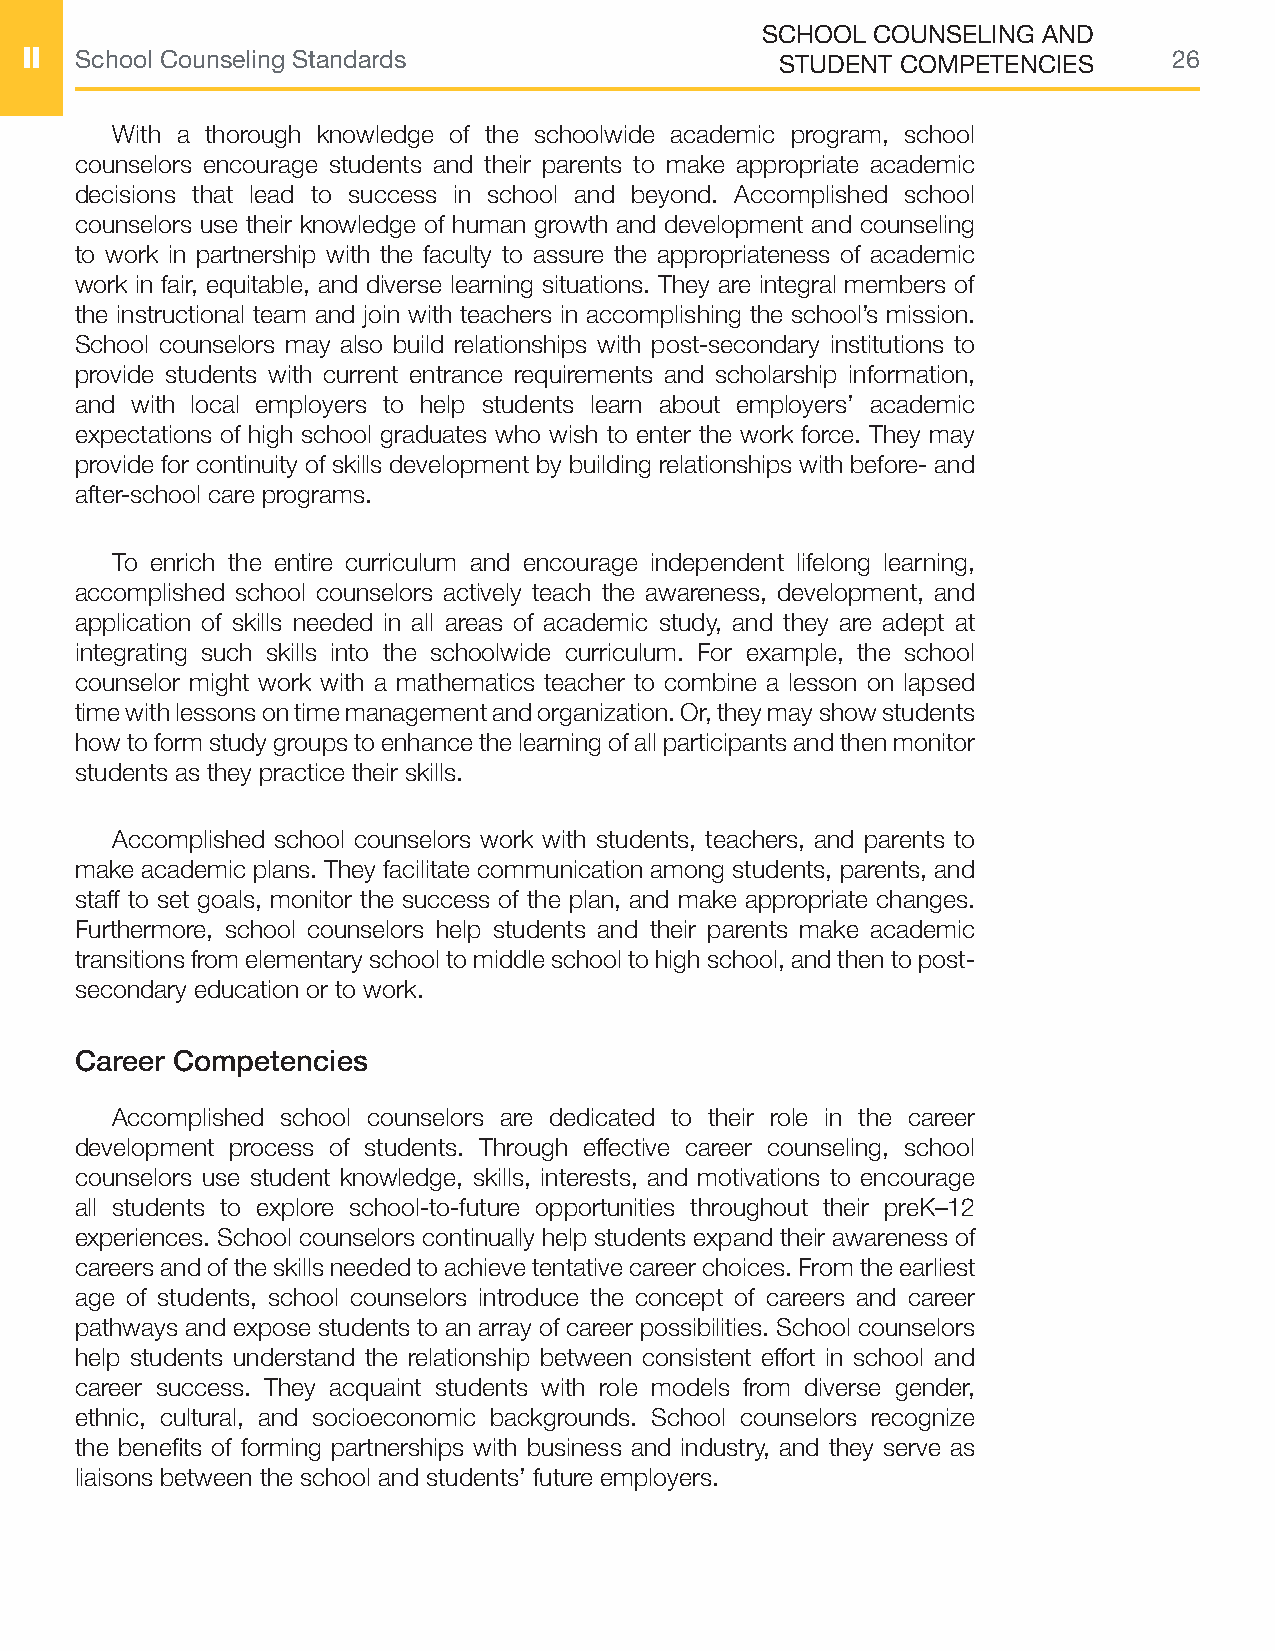
SCHOOL  COUNSELING AND
 II  School Counseling Standards                    STUDENT COMPETENCIES      26
 With a thorough knowledge of the schoolwide academic program, school
 counselors encourage students and their parents to make appropriate academic
 decisions that lead to success in school and beyond. Accomplished school
 counselors use their knowledge of human growth and development and counseling
 to work in partnership with the faculty to assure the appropriateness of academic
 work in fair, equitable, and diverse learning situations. They are integral members of
 the instructional team and join with teachers in accomplishing the school’s mission.
 School counselors may also build relationships with post-secondary institutions to
 provide students with current entrance requirements and scholarship information,
 and with local employers to help students learn about employers’ academic
 expectations of high school graduates who wish to enter the work force. They may
 provide for continuity of skills development by building relationships with before- and
 after-school care programs.
 To enrich the entire curriculum and encourage independent lifelong learning,
 accomplished school counselors actively teach the awareness, development, and
 application of skills needed in all areas of academic study, and they are adept at
 integrating such skills into the schoolwide curriculum. For example, the school
 counselor might work with a mathematics teacher to combine a lesson on lapsed
 time with lessons on time management and organization. Or, they may show students
 how to form study groups to enhance the learning of all participants and then monitor
 students as they practice their skills.
 Accomplished school counselors work with students, teachers, and parents to
 make academic plans. They facilitate communication among students, parents, and
 staff to set goals, monitor the success of the plan, and make appropriate changes.
 Furthermore, school counselors help students and their parents make academic
 transitions from elementary school to middle school to high school, and then to post-
 secondary education or to work.
 Career Competencies
 Accomplished school counselors are dedicated to their role in the career
 development process of students. Through effective career counseling, school
 counselors use student knowledge, skills, interests, and motivations to encourage
 all students to explore school-to-future opportunities throughout their preK–12
 experiences. School counselors continually help students expand their awareness of
 careers and of the skills needed to achieve tentative career choices. From the earliest
 age of students, school counselors introduce the concept of careers and career
 pathways and expose students to an array of career possibilities. School counselors
 help students understand the relationship between consistent effort in school and
 career success. They acquaint students with role models from diverse gender,
 ethnic, cultural, and socioeconomic backgrounds. School counselors recognize
 the benefits of forming partnerships with business and industry, and they serve as
 liaisons between the school and students’ future employers.